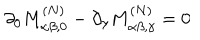
LaTeX: \partial _ { 0 } M _ { \alpha \beta , 0 } ^ { ( N ) } - \partial _ { \gamma } M _ { \alpha \beta , \gamma } ^ { ( N ) } = 0